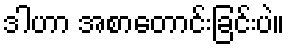
ဒါဟာ အစာတောင်းခြင်းပဲ။